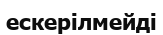
ескерілмейді